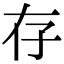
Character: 存